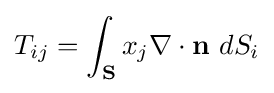
T_{ij}=\int _{\mathbf {S} }x_{j}\nabla \cdot \mathbf {n} \ dS_{i}